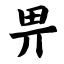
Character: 畀